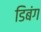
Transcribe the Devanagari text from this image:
डिबंग